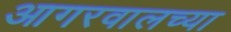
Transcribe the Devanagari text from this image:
आगरवालच्या